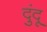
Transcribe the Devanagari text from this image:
दुंदू